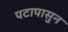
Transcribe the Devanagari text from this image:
पटापासुन